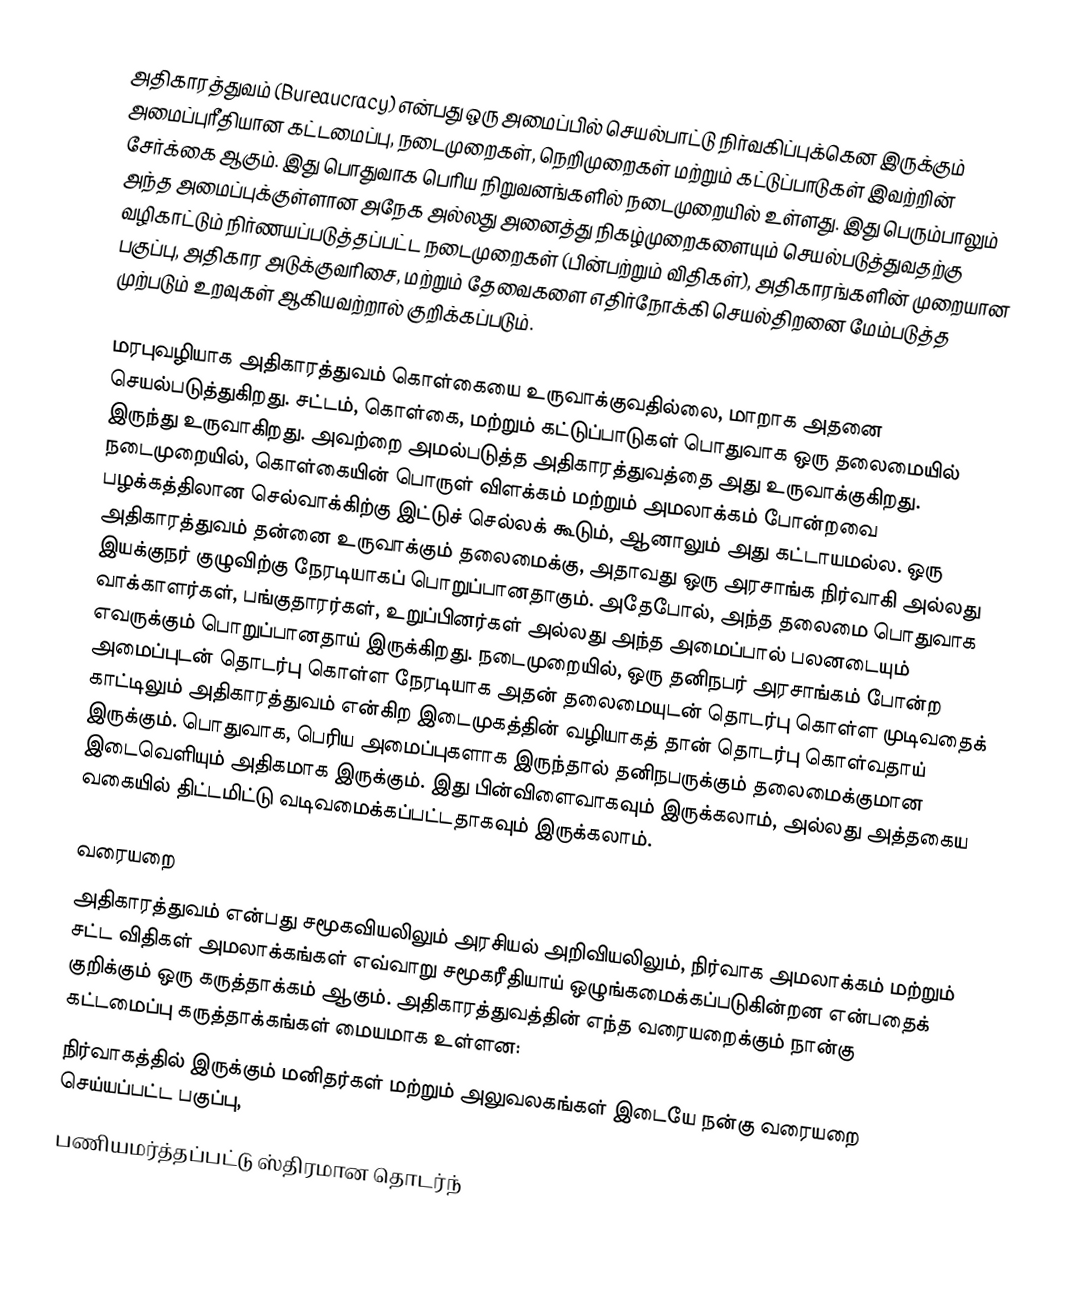
அதிகாரத்துவம் (Bureaucracy) என்பது ஒரு அமைப்பில் செயல்பாட்டு நிர்வகிப்புக்கென இருக்கும் அமைப்புரீதியான கட்டமைப்பு, நடைமுறைகள், நெறிமுறைகள் மற்றும் கட்டுப்பாடுகள் இவற்றின் சேர்க்கை ஆகும். இது பொதுவாக பெரிய நிறுவனங்களில் நடைமுறையில் உள்ளது. இது பெரும்பாலும் அந்த அமைப்புக்குள்ளான அநேக அல்லது அனைத்து நிகழ்முறைகளையும் செயல்படுத்துவதற்கு வழிகாட்டும் நிர்ணயப்படுத்தப்பட்ட நடைமுறைகள் (பின்பற்றும் விதிகள்), அதிகாரங்களின் முறையான பகுப்பு, அதிகார அடுக்குவரிசை, மற்றும் தேவைகளை எதிர்நோக்கி செயல்திறனை மேம்படுத்த முற்படும் உறவுகள் ஆகியவற்றால் குறிக்கப்படும்.

மரபுவழியாக அதிகாரத்துவம் கொள்கையை உருவாக்குவதில்லை, மாறாக அதனை செயல்படுத்துகிறது. சட்டம், கொள்கை, மற்றும் கட்டுப்பாடுகள் பொதுவாக ஒரு தலைமையில் இருந்து உருவாகிறது. அவற்றை அமல்படுத்த அதிகாரத்துவத்தை அது உருவாக்குகிறது. நடைமுறையில், கொள்கையின் பொருள் விளக்கம் மற்றும் அமலாக்கம் போன்றவை பழக்கத்திலான செல்வாக்கிற்கு இட்டுச் செல்லக் கூடும், ஆனாலும் அது கட்டாயமல்ல. ஒரு அதிகாரத்துவம் தன்னை உருவாக்கும் தலைமைக்கு, அதாவது ஒரு அரசாங்க நிர்வாகி அல்லது இயக்குநர் குழுவிற்கு நேரடியாகப் பொறுப்பானதாகும். அதேபோல், அந்த தலைமை பொதுவாக வாக்காளர்கள், பங்குதாரர்கள், உறுப்பினர்கள் அல்லது அந்த அமைப்பால் பலனடையும் எவருக்கும் பொறுப்பானதாய் இருக்கிறது. நடைமுறையில், ஒரு தனிநபர் அரசாங்கம் போன்ற அமைப்புடன் தொடர்பு கொள்ள நேரடியாக அதன் தலைமையுடன் தொடர்பு கொள்ள முடிவதைக் காட்டிலும் அதிகாரத்துவம் என்கிற இடைமுகத்தின் வழியாகத் தான் தொடர்பு கொள்வதாய் இருக்கும். பொதுவாக, பெரிய அமைப்புகளாக இருந்தால் தனிநபருக்கும் தலைமைக்குமான இடைவெளியும் அதிகமாக இருக்கும். இது பின்விளைவாகவும் இருக்கலாம், அல்லது அத்தகைய வகையில் திட்டமிட்டு வடிவமைக்கப்பட்டதாகவும் இருக்கலாம்.

வரையறை
அதிகாரத்துவம் என்பது சமூகவியலிலும் அரசியல் அறிவியலிலும், நிர்வாக அமலாக்கம் மற்றும் சட்ட விதிகள் அமலாக்கங்கள் எவ்வாறு சமூகரீதியாய் ஒழுங்கமைக்கப்படுகின்றன என்பதைக் குறிக்கும் ஒரு கருத்தாக்கம் ஆகும். அதிகாரத்துவத்தின் எந்த வரையறைக்கும் நான்கு கட்டமைப்பு கருத்தாக்கங்கள் மையமாக உள்ளன:
 நிர்வாகத்தில் இருக்கும் மனிதர்கள் மற்றும் அலுவலகங்கள் இடையே நன்கு வரையறை செய்யப்பட்ட பகுப்பு,
 பணியமர்த்தப்பட்டு ஸ்திரமான தொடர்ந்